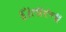
દાતારના